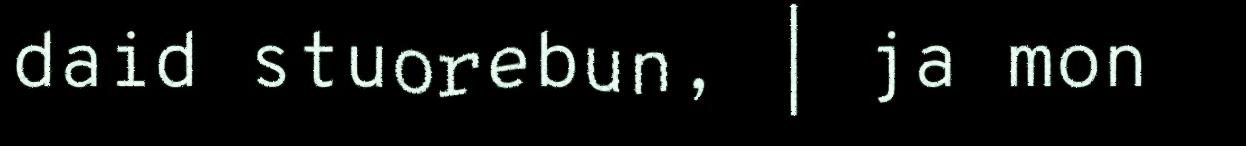
daid stuorebun, | ja mon